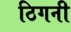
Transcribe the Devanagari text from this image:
ठिगनी